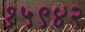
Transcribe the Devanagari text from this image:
१५९४२